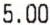
5.00